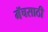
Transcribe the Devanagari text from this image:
मॅचसाठी